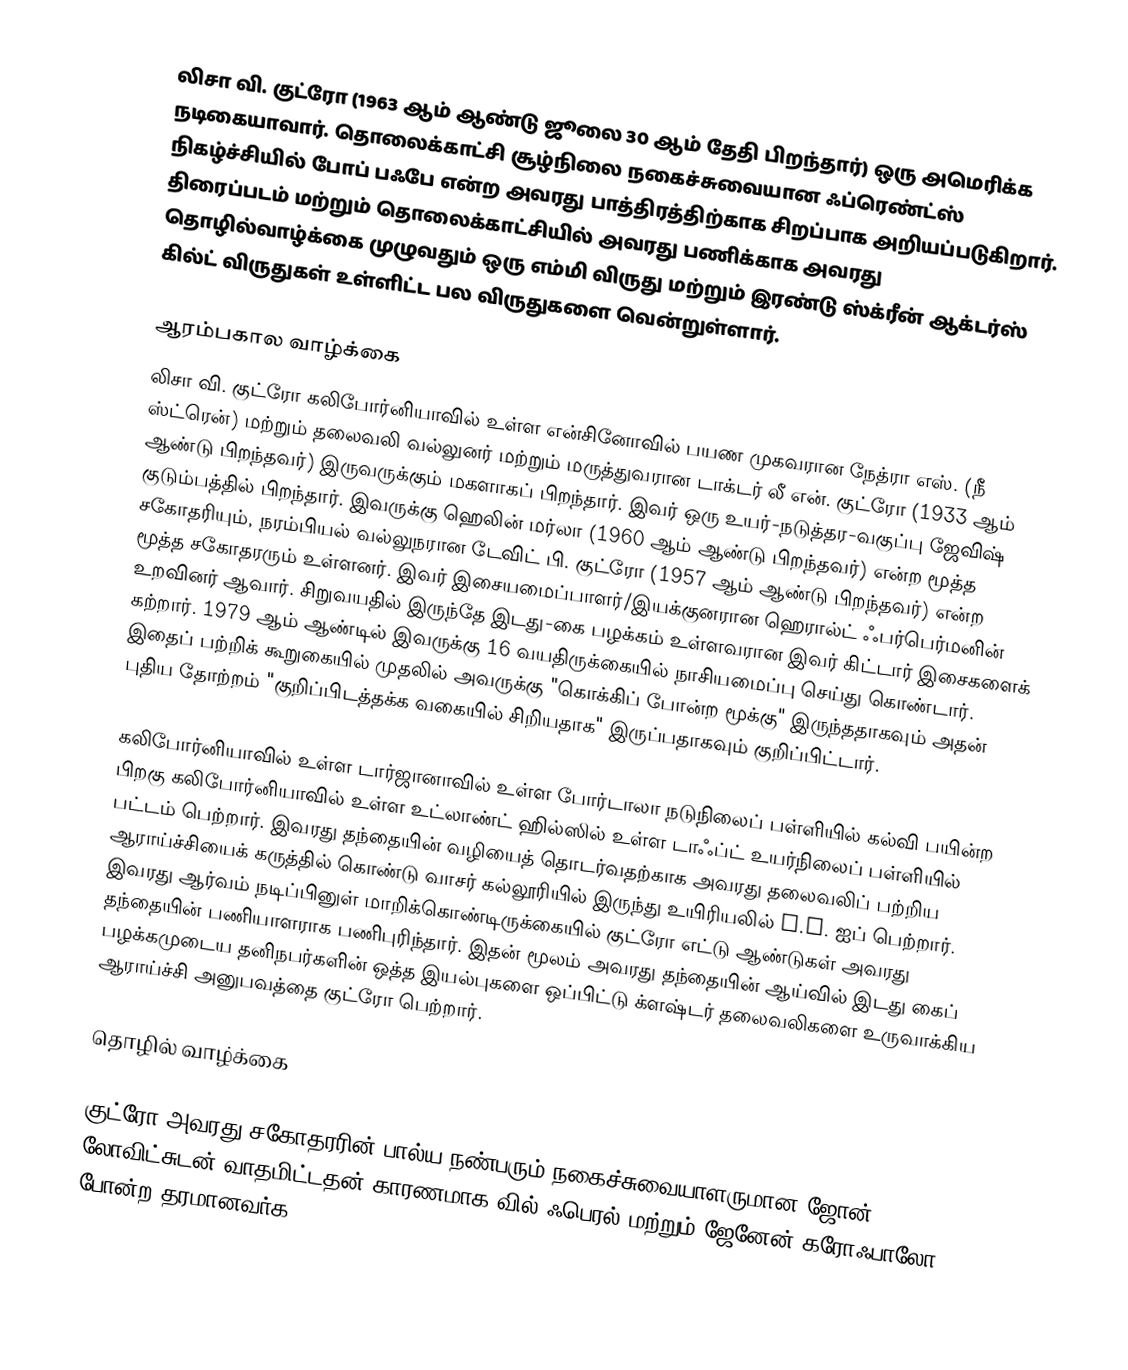
லிசா வி. குட்ரோ  (1963 ஆம் ஆண்டு ஜூலை 30 ஆம் தேதி பிறந்தார்) ஒரு அமெரிக்க நடிகையாவார். தொலைக்காட்சி சூழ்நிலை நகைச்சுவையான ஃப்ரெண்ட்ஸ் நிகழ்ச்சியில் போப் பஃபே என்ற அவரது பாத்திரத்திற்காக சிறப்பாக அறியப்படுகிறார். திரைப்படம் மற்றும் தொலைக்காட்சியில் அவரது பணிக்காக அவரது தொழில்வாழ்க்கை முழுவதும் ஒரு எம்மி விருது மற்றும் இரண்டு ஸ்க்ரீன் ஆக்டர்ஸ் கில்ட் விருதுகள் உள்ளிட்ட பல விருதுகளை வென்றுள்ளார்.

ஆரம்பகால வாழ்க்கை
லிசா வி. குட்ரோ கலிபோர்னியாவில் உள்ள என்சினோவில் பயண முகவரான நேத்ரா எஸ். (நீ ஸ்ட்ரென்) மற்றும் தலைவலி வல்லுனர் மற்றும் மருத்துவரான டாக்டர் லீ என். குட்ரோ (1933 ஆம் ஆண்டு பிறந்தவர்) இருவருக்கும் மகளாகப் பிறந்தார். இவர் ஒரு உயர்-நடுத்தர-வகுப்பு ஜேவிஷ் குடும்பத்தில் பிறந்தார். இவருக்கு ஹெலின் மர்லா (1960 ஆம் ஆண்டு பிறந்தவர்) என்ற மூத்த சகோதரியும், நரம்பியல் வல்லுநரான டேவிட் பி. குட்ரோ (1957 ஆம் ஆண்டு பிறந்தவர்) என்ற மூத்த சகோதரரும் உள்ளனர். இவர் இசையமைப்பாளர்/இயக்குனரான ஹெரால்ட் ஃபர்பெர்மனின் உறவினர் ஆவார். சிறுவயதில் இருந்தே இடது-கை பழக்கம் உள்ளவரான இவர் கிட்டார் இசைகளைக் கற்றார். 1979 ஆம் ஆண்டில் இவருக்கு 16 வயதிருக்கையில் நாசியமைப்பு செய்து கொண்டார். இதைப் பற்றிக் கூறுகையில் முதலில் அவருக்கு "கொக்கிப் போன்ற மூக்கு" இருந்ததாகவும் அதன் புதிய தோற்றம் "குறிப்பிடத்தக்க வகையில் சிறியதாக" இருப்பதாகவும் குறிப்பிட்டார்.

கலிபோர்னியாவில் உள்ள டார்ஜானாவில் உள்ள போர்டாலா நடுநிலைப் பள்ளியில் கல்வி பயின்ற பிறகு கலிபோர்னியாவில் உள்ள உட்லாண்ட் ஹில்ஸில் உள்ள டாஃப்ட் உயர்நிலைப் பள்ளியில் பட்டம் பெற்றார். இவரது தந்தையின் வழியைத் தொடர்வதற்காக அவரது தலைவலிப் பற்றிய ஆராய்ச்சியைக் கருத்தில் கொண்டு வாசர் கல்லூரியில் இருந்து உயிரியலில் B.S. ஐப் பெற்றார். இவரது ஆர்வம் நடிப்பினுள் மாறிக்கொண்டிருக்கையில் குட்ரோ எட்டு ஆண்டுகள் அவரது தந்தையின் பணியாளராக பணிபுரிந்தார். இதன் மூலம் அவரது தந்தையின் ஆய்வில் இடது கைப் பழக்கமுடைய தனிநபர்களின் ஒத்த இயல்புகளை ஒப்பிட்டு க்ளஷ்டர் தலைவலிகளை உருவாக்கிய ஆராய்ச்சி அனுபவத்தை குட்ரோ பெற்றார்.

தொழில் வாழ்க்கை

குட்ரோ அவரது சகோதரரின் பால்ய நண்பரும் நகைச்சுவையாளருமான ஜோன் லோவிட்சுடன் வாதமிட்டதன் காரணமாக வில் ஃபெரல் மற்றும் ஜேனேன் கரோஃபாலோ போன்ற தரமானவர்க